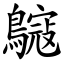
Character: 䳹